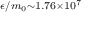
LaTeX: \scriptstyle \epsilon / m _ { 0 } \sim 1 . 7 6 \times 1 0 ^ { 7 }